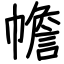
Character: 幨